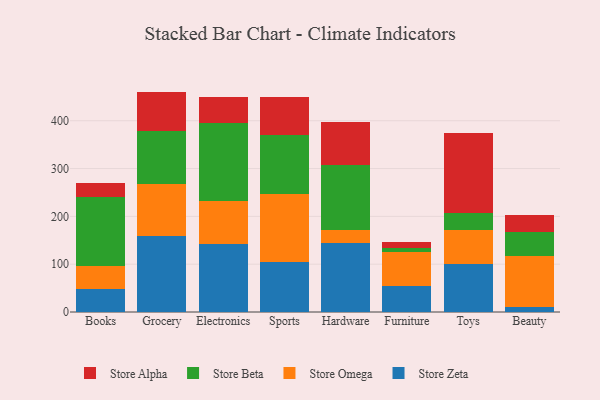
{"axis": {"x": "Category", "y": "Headcount"}, "legend": ["Store Alpha", "Store Beta", "Store Omega", "Store Zeta"], "data": [{"x": "Books", "y": 48.9, "type": "Store Zeta"}, {"x": "Books", "y": 46.6, "type": "Store Omega"}, {"x": "Books", "y": 145.8, "type": "Store Beta"}, {"x": "Books", "y": 29.0, "type": "Store Alpha"}, {"x": "Grocery", "y": 159.9, "type": "Store Zeta"}, {"x": "Grocery", "y": 107.5, "type": "Store Omega"}, {"x": "Grocery", "y": 112.0, "type": "Store Beta"}, {"x": "Grocery", "y": 81.5, "type": "Store Alpha"}, {"x": "Electronics", "y": 141.3, "type": "Store Zeta"}, {"x": "Electronics", "y": 90.7, "type": "Store Omega"}, {"x": "Electronics", "y": 164.0, "type": "Store Beta"}, {"x": "Electronics", "y": 54.0, "type": "Store Alpha"}, {"x": "Sports", "y": 104.2, "type": "Store Zeta"}, {"x": "Sports", "y": 143.1, "type": "Store Omega"}, {"x": "Sports", "y": 122.2, "type": "Store Beta"}, {"x": "Sports", "y": 80.0, "type": "Store Alpha"}, {"x": "Hardware", "y": 143.8, "type": "Store Zeta"}, {"x": "Hardware", "y": 26.7, "type": "Store Omega"}, {"x": "Hardware", "y": 137.1, "type": "Store Beta"}, {"x": "Hardware", "y": 89.5, "type": "Store Alpha"}, {"x": "Furniture", "y": 55.3, "type": "Store Zeta"}, {"x": "Furniture", "y": 69.4, "type": "Store Omega"}, {"x": "Furniture", "y": 10.1, "type": "Store Beta"}, {"x": "Furniture", "y": 10.7, "type": "Store Alpha"}, {"x": "Toys", "y": 101.1, "type": "Store Zeta"}, {"x": "Toys", "y": 70.7, "type": "Store Omega"}, {"x": "Toys", "y": 36.2, "type": "Store Beta"}, {"x": "Toys", "y": 167.0, "type": "Store Alpha"}, {"x": "Beauty", "y": 9.7, "type": "Store Zeta"}, {"x": "Beauty", "y": 107.2, "type": "Store Omega"}, {"x": "Beauty", "y": 51.3, "type": "Store Beta"}, {"x": "Beauty", "y": 34.2, "type": "Store Alpha"}]}